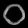
Digit: ၀